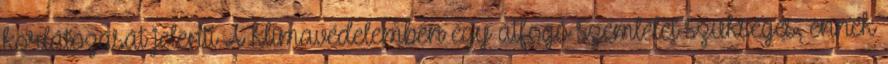
korlátozását jelenti A klímavédelemben egy átfogó szemlélet szükséges, ennek